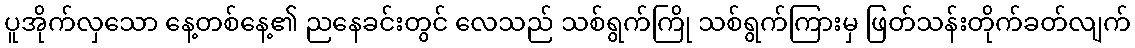
ပူအိုက်လှသော နေ့တစ်နေ့၏ ညနေခင်းတွင် လေသည် သစ်ရွက်ကြို သစ်ရွက်ကြားမှ ဖြတ်သန်းတိုက်ခတ်လျက်